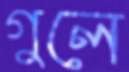
গুলে